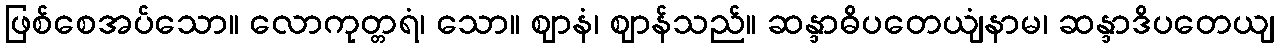
ဖြစ်စေအပ်သော။ လောကုတ္တရံ၊ သော။ ဈာနံ၊ ဈာန်သည်။ ဆန္ဒာဓိပတေယျံနာမ၊ ဆန္ဒာဒိပတေယျ